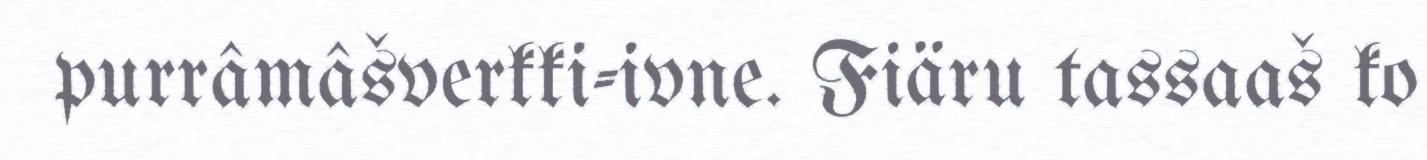
purrâmâšverkki-ivne. Fiäru tassaaš ko